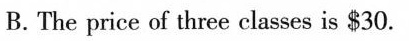
B. The price of three classes is $30.